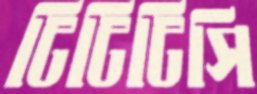
টিটিটিসি